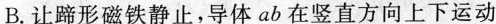
B. 让蹄形磁铁静止，导体 ab 在竖直方向上下运动